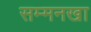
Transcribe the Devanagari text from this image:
सम्मनखा